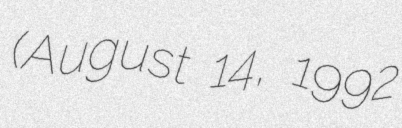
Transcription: (August 14, 1992